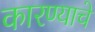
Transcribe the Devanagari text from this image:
कारण्याचे